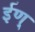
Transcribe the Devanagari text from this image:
ईण्